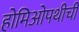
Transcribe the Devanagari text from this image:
होमिओपथीची